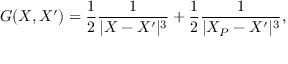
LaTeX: G ( X , X ^ { \prime } ) = \frac { 1 } { 2 } \frac { 1 } { | X - X ^ { \prime } | ^ { 3 } } + \frac { 1 } { 2 } \frac { 1 } { | X _ { P } - X ^ { \prime } | ^ { 3 } } ,